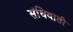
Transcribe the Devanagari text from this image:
संधिवाती